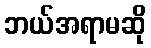
ဘယ်အရာမဆို